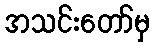
အသင်းတော်မှ